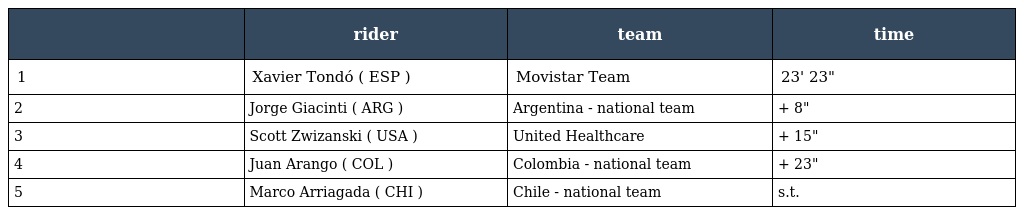
|  | rider | team | time |
 | --- | --- | --- | --- |
 | 1 | Xavier Tondó ( ESP ) | Movistar Team | 23' 23" |
 | 2 | Jorge Giacinti ( ARG ) | Argentina - national team | + 8" |
 | 3 | Scott Zwizanski ( USA ) | United Healthcare | + 15" |
 | 4 | Juan Arango ( COL ) | Colombia - national team | + 23" |
 | 5 | Marco Arriagada ( CHI ) | Chile - national team | s.t. |